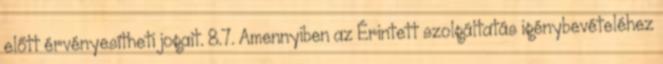
előtt érvényesítheti jogait. 8.7. Amennyiben az Érintett szolgáltatás igénybevételéhez